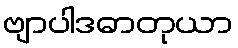
ဗျာပါဒဓာတုယာ